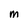
Character: M